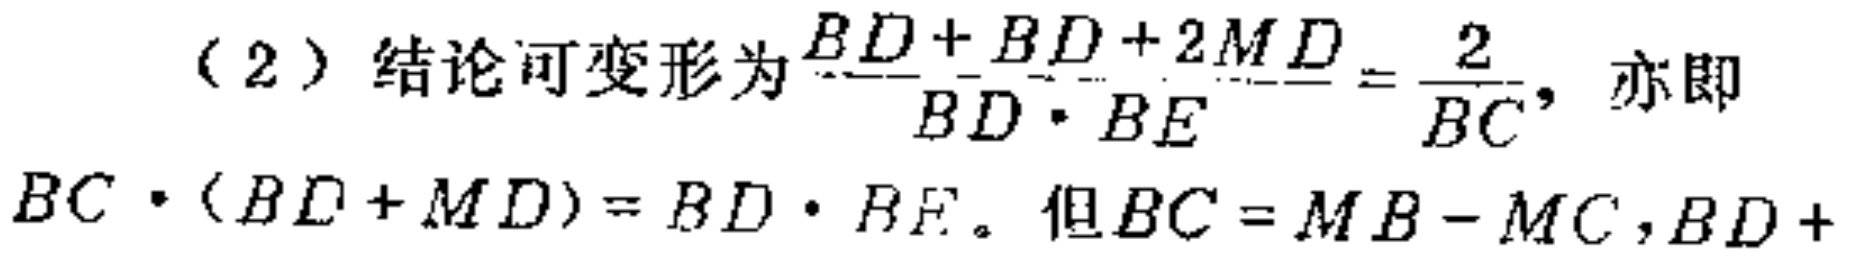
（2）结论可变形为$\frac{BD + BD + 2MD}{BD\cdot BE}=\frac{2}{BC}$，亦即$BC\cdot(BD + MD)=BD\cdot BE$。但$BC = MB - MC,BD + $